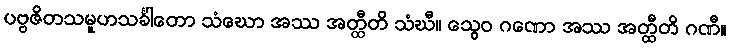
ပဗ္ဗဇိတသမူဟသင်္ခါတော သံဃော အဿ အတ္ထီတိ သံဃီ။ သွေဝ ဂဏော အဿ အတ္ထီတိ ဂဏီ။